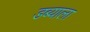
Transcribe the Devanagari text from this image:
डब्याला